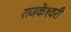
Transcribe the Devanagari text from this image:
राजकेश्‍वरी